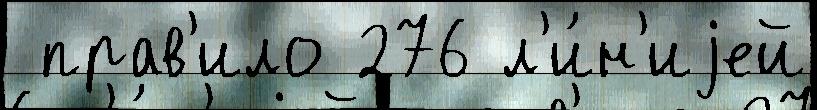
 прав'ило 276 л'и́н'иjей